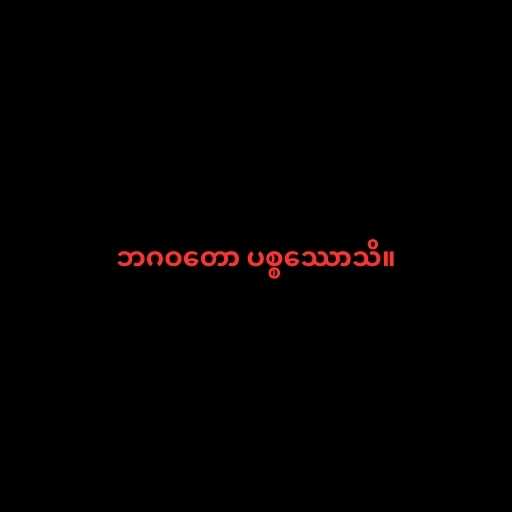
ဘဂဝတော ပစ္စဿောသိ။